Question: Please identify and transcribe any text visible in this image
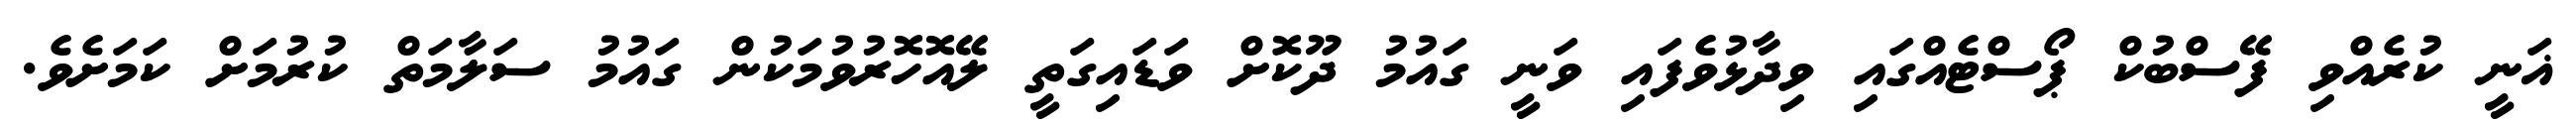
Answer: ޣަނީ ކުރެއްވި ފޭސްބުކް ޕޯސްޓެއްގައި ވިދާޅުވެފައި ވަނީ ގައުމު ދޫކޮށް ވަޑައިގަތީ ލޭއޮހޮރުވުމަކުން ގައުމު ސަލާމަތް ކުރުމަށް ކަމަށެވެ.